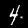
Label: 4